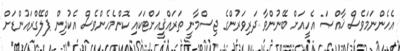
އެހެންނަމަވެސް ޚާއްޞަ އެހީއަށް ބޭނުންވާ ދަރިވަރުންގެ ޖިސްމާނީ ތަރައްޤީއަށްޓަކައި ކޮންމެހެންވެސް އެކުދިން ޕްލޭގްރައުންޑަށް